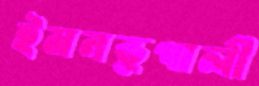
ইমনভূপালী